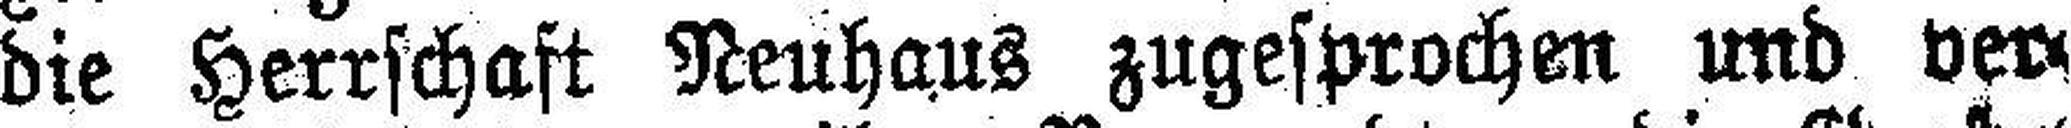
die Herrschaft Neuhaus zugesprochen und ver¬